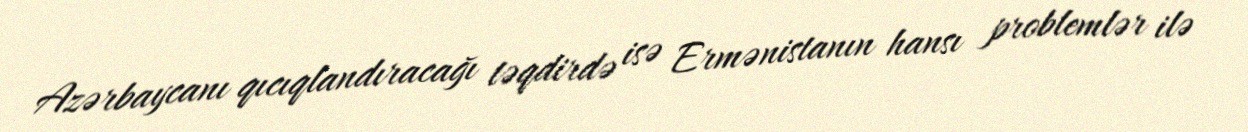
Azərbaycanı qıcıqlandıracağı təqdirdə isə Ermənistanın hansı problemlər ilə